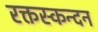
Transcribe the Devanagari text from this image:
रक्तस्कन्दन